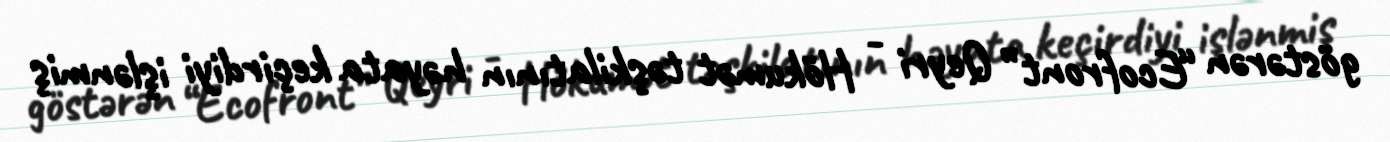
göstərən “Ecofront” Qeyri - Hökumət təşkilatının həyata keçirdiyi işlənmiş